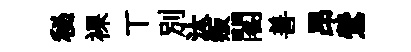
秘裸丅别汰叛閣善昂鶯